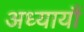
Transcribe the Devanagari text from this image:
अध्यायौं